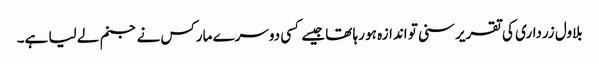
بلاول زرداری کی تقریر سنی تو اندازہ ہو رہا تھا جیسے کسی دوسرے مارکس نے جنم لے لیا ہے۔